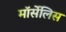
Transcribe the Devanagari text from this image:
मॉर्सेलिस